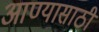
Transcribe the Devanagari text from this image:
आण्यासाठी